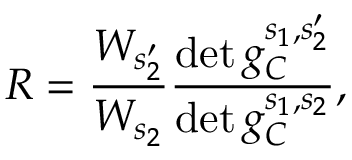
R = \frac { W _ { s _ { 2 } ^ { \prime } } } { W _ { s _ { 2 } } } \frac { \operatorname* { d e t } g _ { C } ^ { s _ { 1 } , s _ { 2 } ^ { \prime } } } { \operatorname* { d e t } g _ { C } ^ { s _ { 1 } , s _ { 2 } } } ,